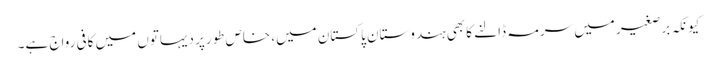
کیونکہ برصغیر میں سرمہ ڈالنے کا بھی ہندوستان پاکستان میں، خاص طورپر دیہاتوں میں کافی رواج ہے۔